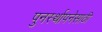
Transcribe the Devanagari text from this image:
पुनर्स्थापनेसाठी